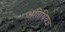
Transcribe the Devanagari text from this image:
अतिथियज्ञ